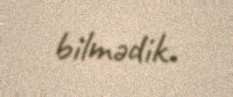
bilmədik.